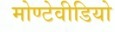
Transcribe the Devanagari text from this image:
मोण्टेवीडियो